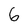
Character: 6